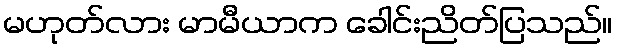
မဟုတ်လား မာမီယာက ခေါင်းညိတ်ပြသည်။